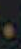
و